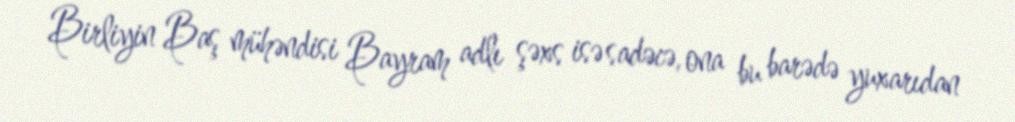
Birliyin Baş mühəndisi Bayram adlı şəxs isə sadəcə, ona bu barədə yuxarıdan